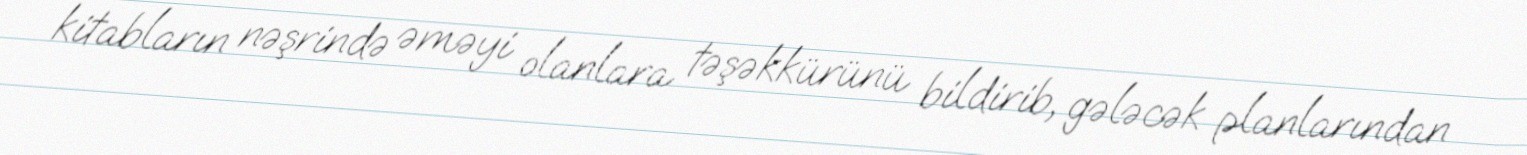
kitabların nəşrində əməyi olanlara təşəkkürünü bildirib, gələcək planlarından